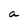
Character: a